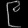
Digit: ၉